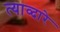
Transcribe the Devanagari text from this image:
त्याव्दारे